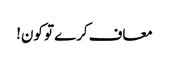
معاف کرے تو کون!